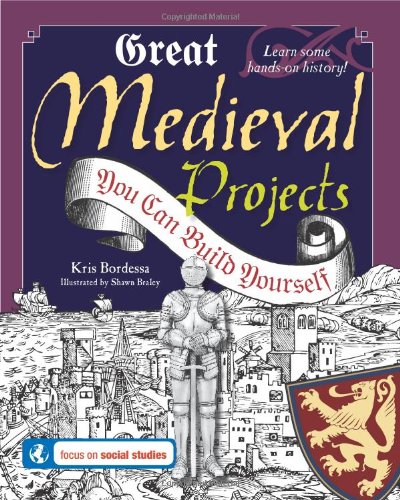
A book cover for Great Medieval Projects: You Can Build Yourself (Build It Yourself); Kris Bordessa; Children's Books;